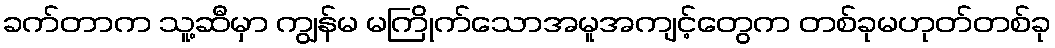
ခက်တာက သူ့ဆီမှာ ကျွန်မ မကြိုက်သောအမူအကျင့်တွေက တစ်ခုမဟုတ်တစ်ခု